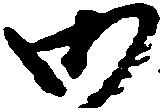
御